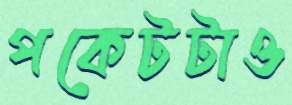
পকেটটাও